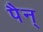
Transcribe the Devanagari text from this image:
पैन्